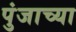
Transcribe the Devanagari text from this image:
पुंजाच्या